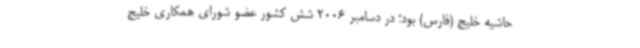
حاشیه خلیج (فارس) بود؛ در دسامبر 2006 شش کشور عضو شورای همکاری خلیج